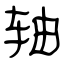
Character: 轴